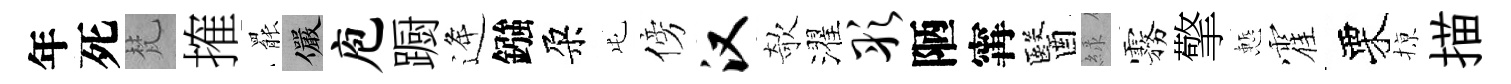
年死梵搉罷儼庖蹰逄鏹朶屯傍汉欹濯彤陋𡩋醫緑霧擎慙霍栗𢱊描